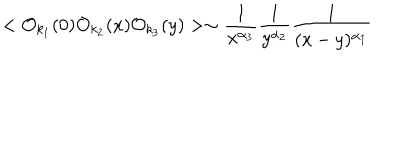
< { \cal O } _ { k _ { 1 } } ( 0 ) { \cal O } _ { k _ { 2 } } ( x ) { \cal O } _ { k _ { 3 } } ( y ) > \sim \frac { 1 } { x ^ { \alpha _ { 3 } } } \frac { 1 } { y ^ { \alpha _ { 2 } } } \frac { 1 } { ( x - y ) ^ { \alpha _ { 1 } } }